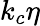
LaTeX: {{k}_{c}}\eta